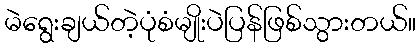
မဲရွေးချယ်တဲ့ပုံစံမျိုးပဲပြန်ဖြစ်သွားတယ်။